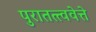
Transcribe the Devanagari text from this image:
पुरातत्त्ववेत्ते